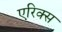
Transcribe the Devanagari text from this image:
एरिक्स